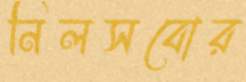
নিলসবোর